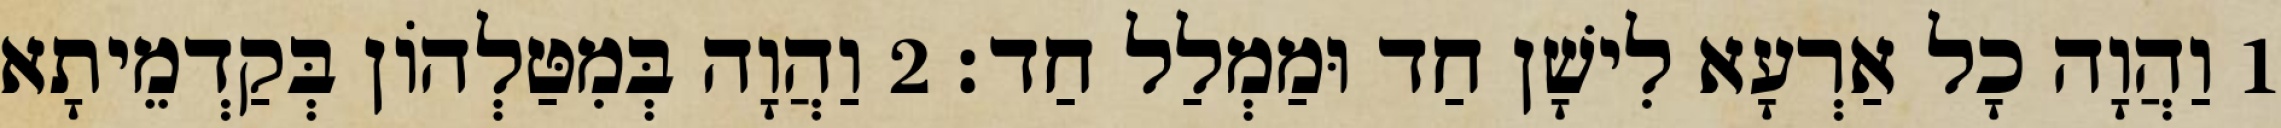
1 וַהֲוָה כָל אַרְעָא לִישָׁן חַד וּמַמְלַל חַד׃ 2 וַהֲוָה בְּמִטַּלְהוֹן בְּקַדְמֵיתָא